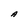
Character: A